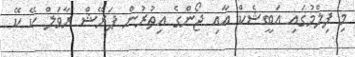
މި ފިލްމުގައި އަބީޝެކް އާއި ޖޯންގެ އިތުރުން ޕަރޭޝް ރާވަލް ކޭ ކޭ